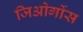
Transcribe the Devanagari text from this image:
जिओर्गोस